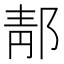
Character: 郬